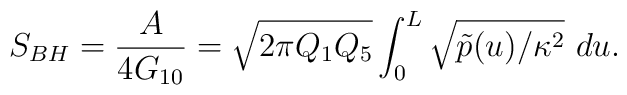
S_{BH} = {A \over {4G_{10}}} = \sqrt{2\pi Q_1Q_5} \int_0^L \sqrt{\tilde{p}(u)/\kappa^2}\  du.